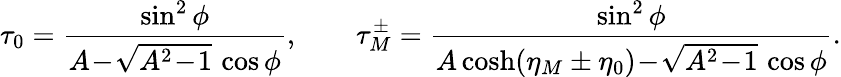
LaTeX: \tau_{0}=\frac{\sin^{2}\phi}{A\! -\! \sqrt{A^{2}\! -\! 1}\, \cos\phi},\qquad\tau_{M}^{\pm}=\frac{\sin^{2}\phi}{A\cosh(\eta_{M}\pm\eta_{0})\! -\! \sqrt{A^{2}\! -\! 1}\, \cos\phi}.